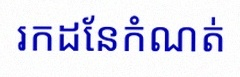
រកដែនកំណត់